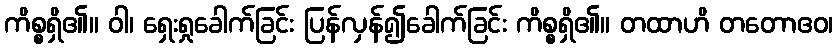
ကိစ္စရှိ၏။ ဝါ၊ ရှေးရှုခေါက်ခြင်း ပြန်လှန်၍ခေါက်ခြင်း ကိစ္စရှိ၏။ တထာဟိ တတောဧဝ၊